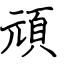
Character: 頑